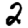
Digit: 2